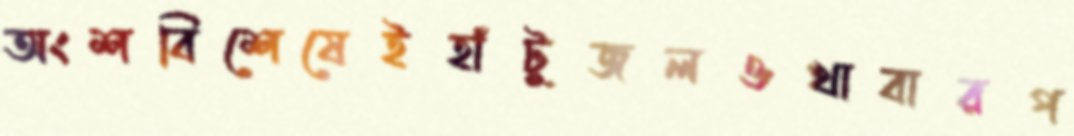
অংশবিশেষেইহাঁটুজলওখাবারপ